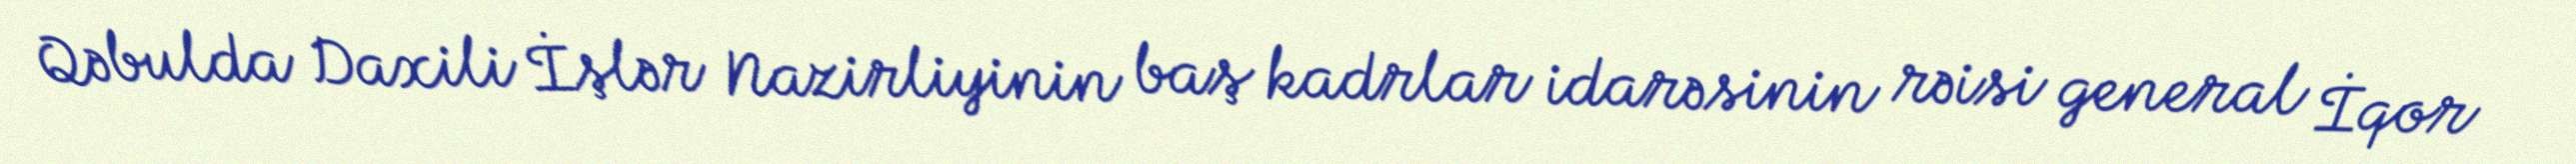
Qəbulda Daxili İşlər Nazirliyinin baş kadrlar idarəsinin rəisi general İqor